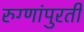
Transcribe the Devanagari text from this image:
रुग्णांपुरती